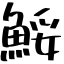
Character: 鮾